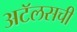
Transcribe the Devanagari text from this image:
अटॅलसची